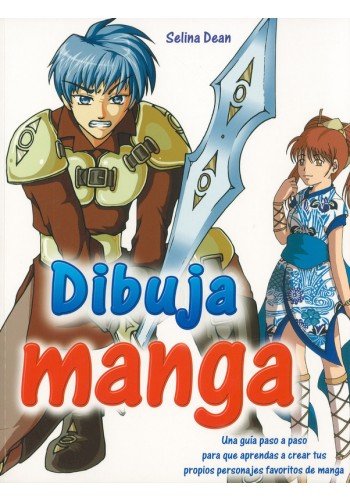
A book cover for Dibuja manga/ Draw Manga (Spanish Edition); Selina Dean; Comics & Graphic Novels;